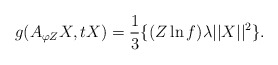
\begin{align*}g(A_{\varphi Z}X, tX)=\frac{1}{3}\{ (Z\ln f)\lambda\vert\vert X \vert\vert^{2} \}.\end{align*}